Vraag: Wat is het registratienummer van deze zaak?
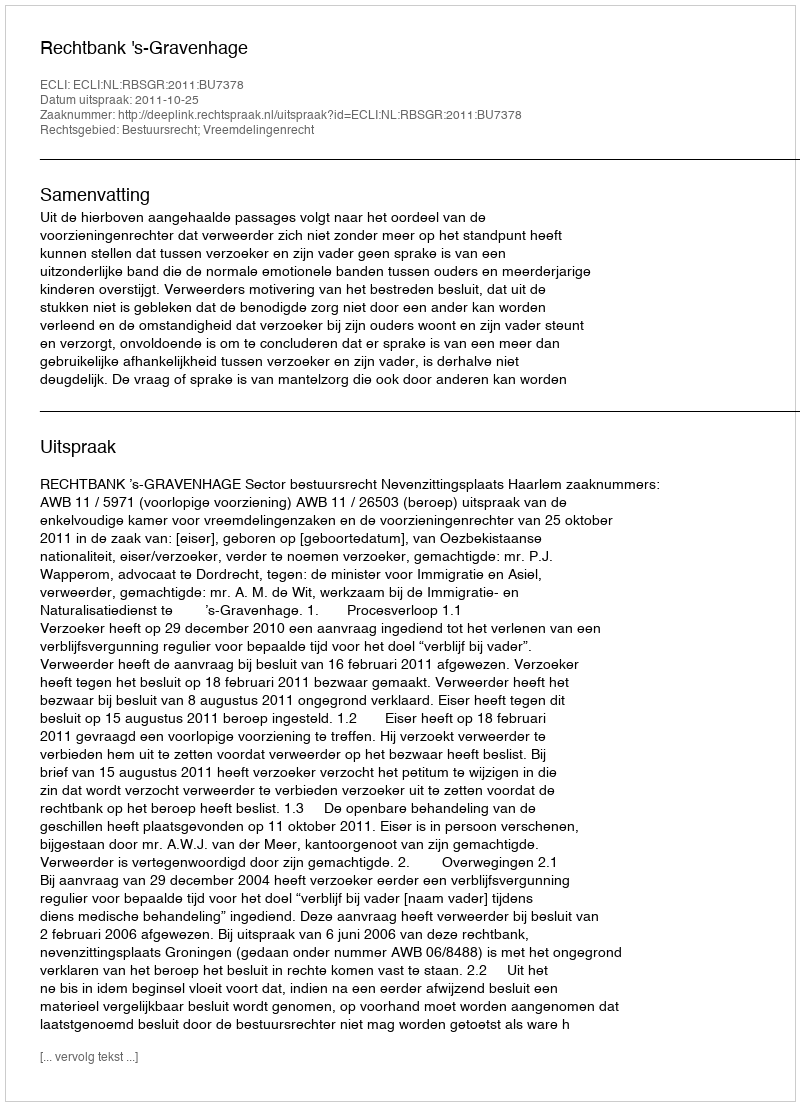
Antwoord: http://deeplink.rechtspraak.nl/uitspraak?id=ECLI:NL:RBSGR:2011:BU7378